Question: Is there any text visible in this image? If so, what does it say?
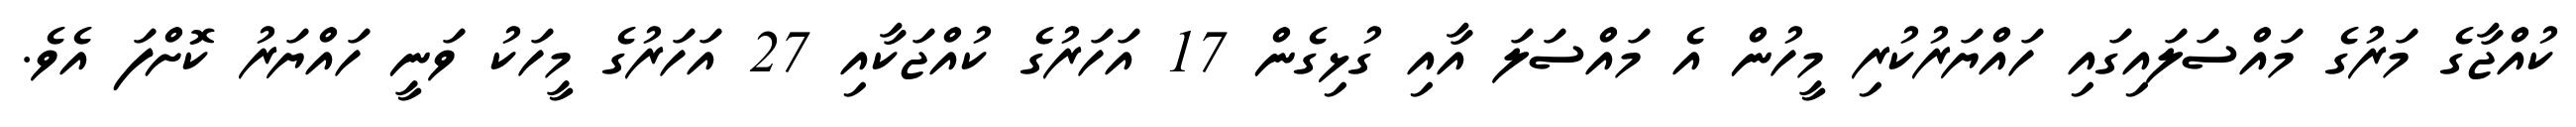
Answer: ކުއްޖާގެ މަރުގެ މައްސަލައިގައި ހައްޔަރުކުރި މީހުން އެ މައްސަލަ އާއި ގުޅިގެން 17 އަހަރުގެ ކުއްޖަކާއި 27 އަހަރުގެ މީހަކު ވަނީ ހައްޔަރު ކޮށްފަ އެވެ.